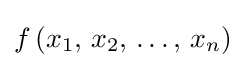
f\left(x_{1},\,x_{2},\,\ldots ,\,x_{n}\right)